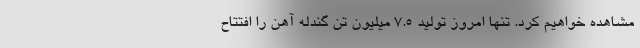
مشاهده خواهیم کرد. تنها امروز تولید 7.5 میلیون تن گندله آهن را افتتاح